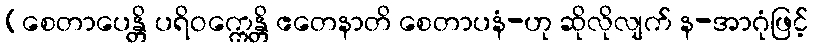
(စေတာပေန္တိ ပရိဝက္ကေန္တိ ဧတေနာတိ စေတာပနံ-ဟု ဆိုလိုလျက် န-အာဂုံဖြင့်